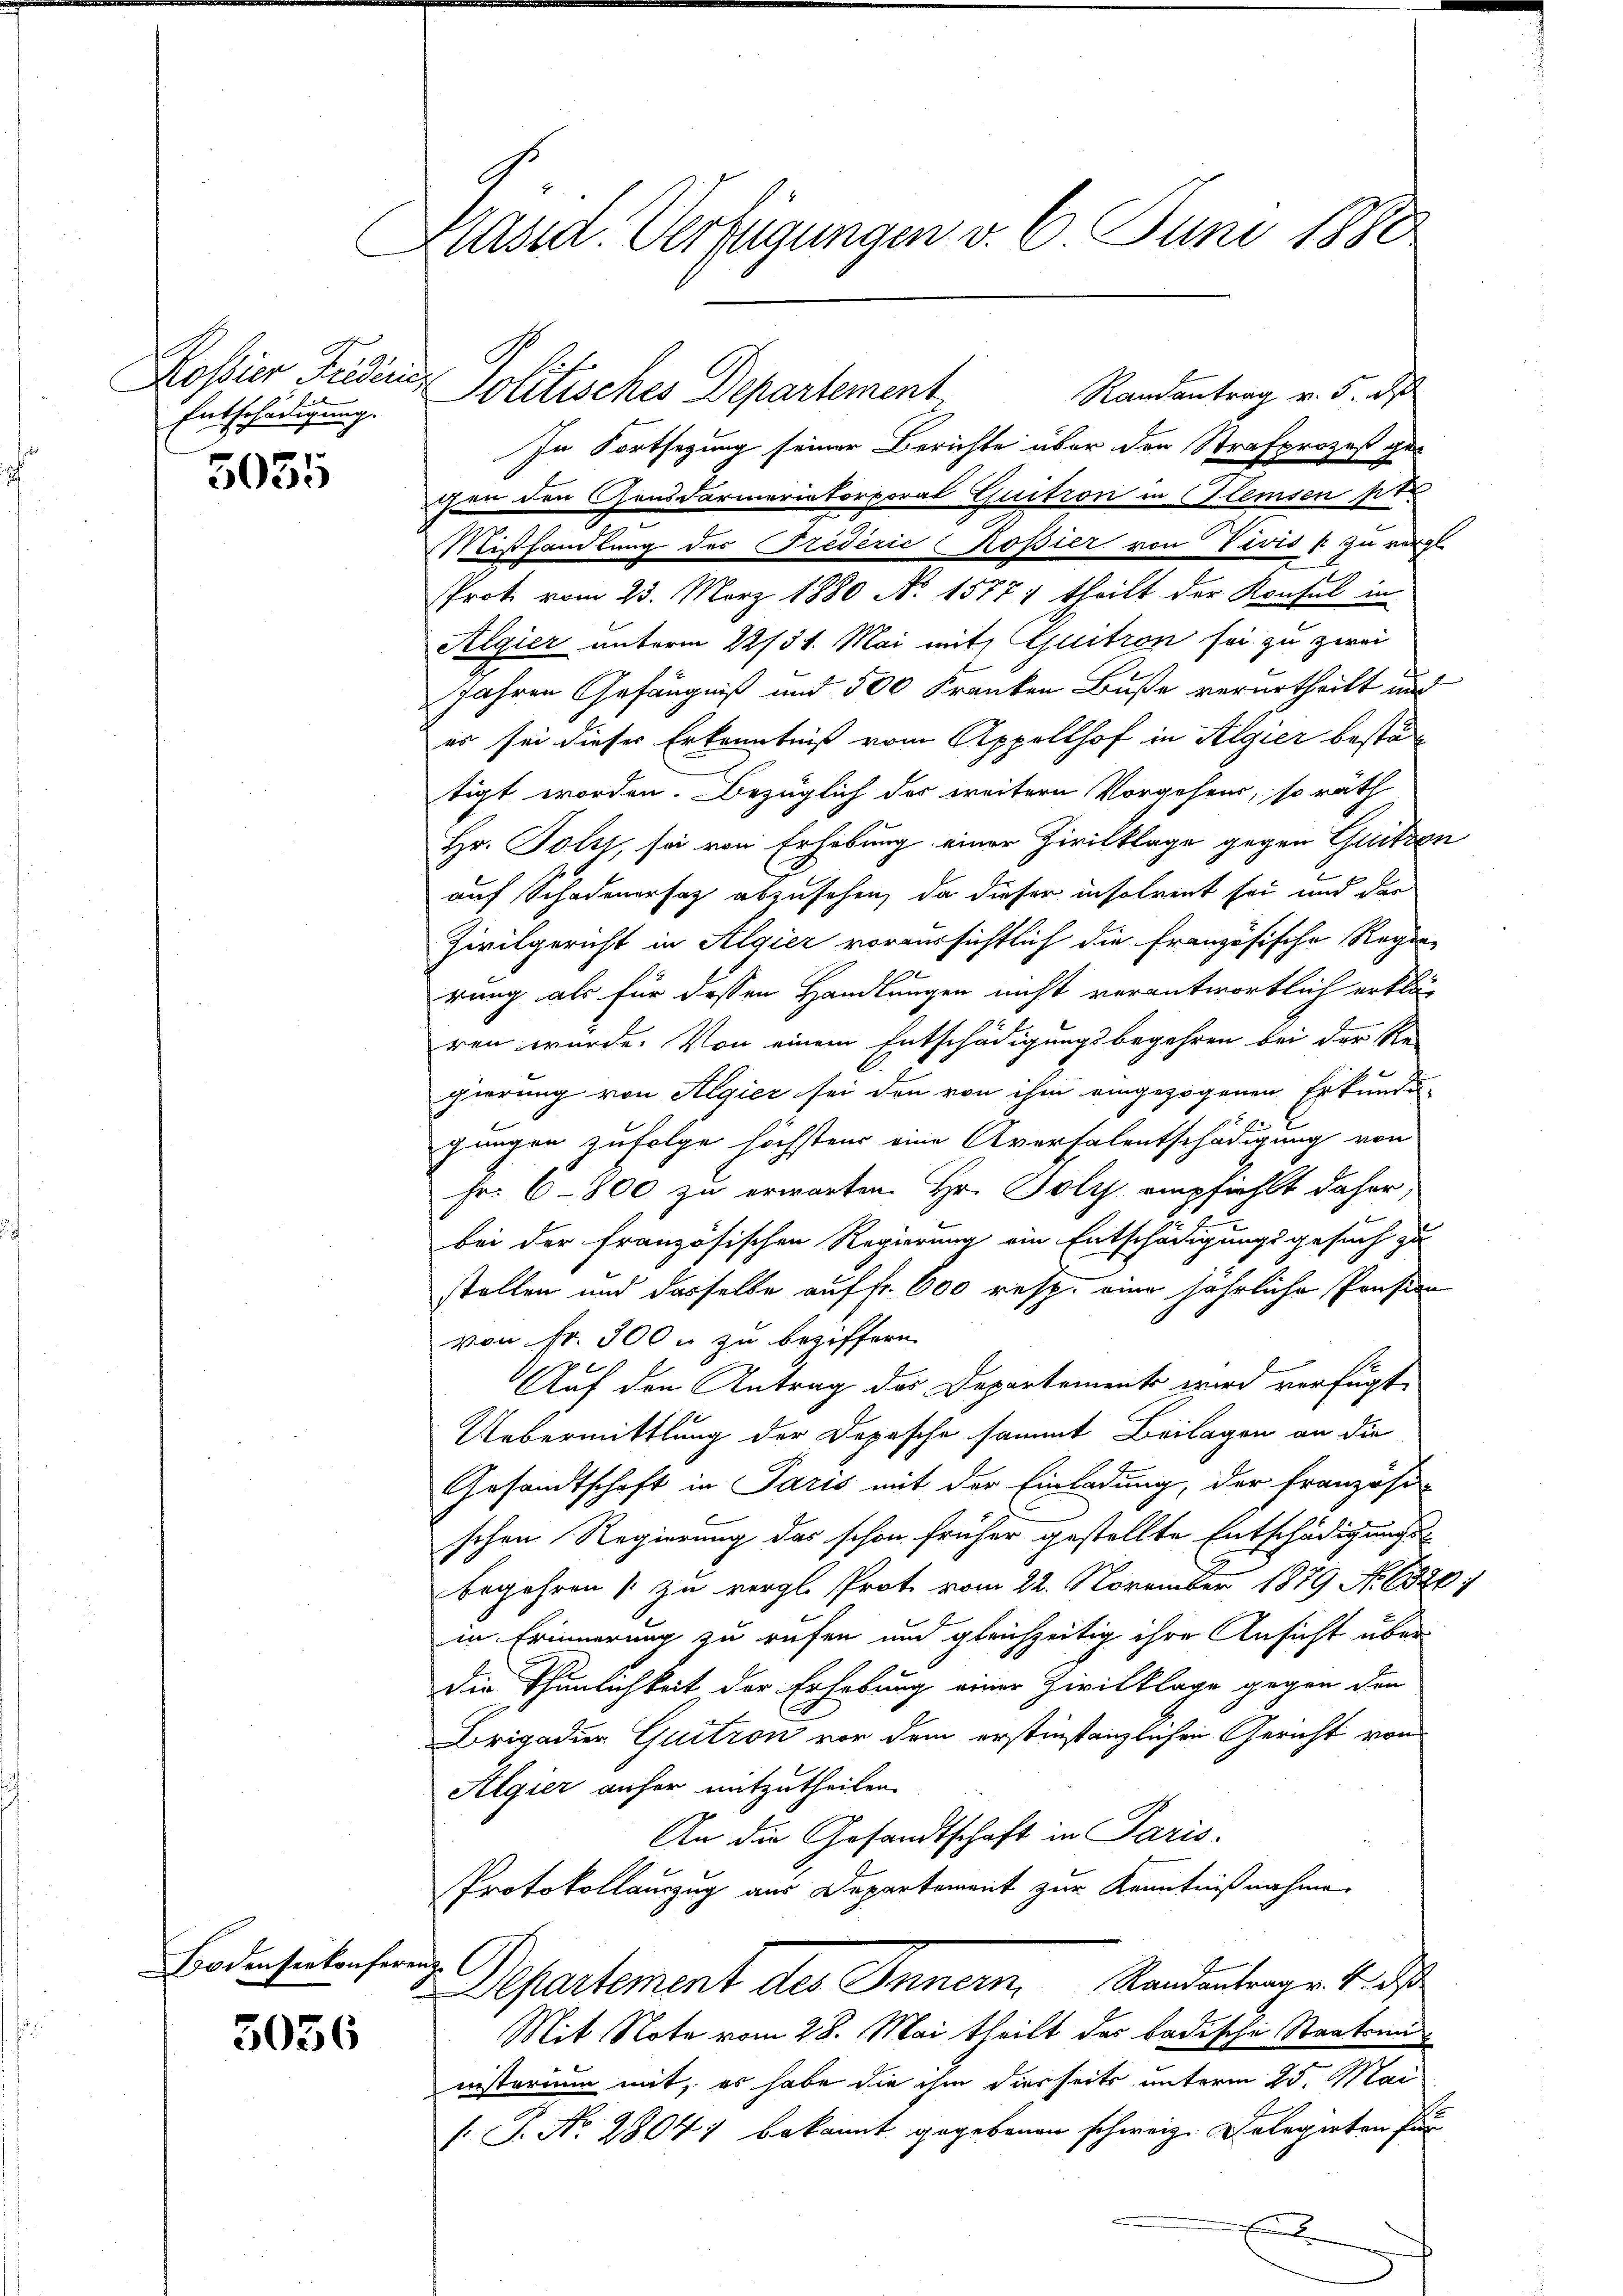
Kossier Fridlin,
Entschädigung.

5035

Eidensenten her

5036

Präsid. Verfügungen v. 6. Juni 1880

Randantrag v. 5. d
In Fortsetzung seiner Berichte über den Strafprozeß ge-
chen den Gensdarmerikorporal Quitron in Plemsen pt
Mißhandlung des Triderić (Roßier von Divis / zu vergl
Prot vom 23. März 1880 No 1577 theilt der Konsul in
Algier unterm 22/31. Mai mit Guitron sei zu zwei
Jahren Gefängniß und 500 Franken Buße verurtheilt und
es sei dieser Erkenntniß vom Appellhof in Algier bestätigt worden. Bezüglich des weitern Vorgehens, so räth
Hr. Polys, sei von Erhebung einer Zivilklage gegen Guitzon
auf Schadenersatz abzusehen, da dieser insolvent sei und der
Zivilgericht in Algier voraussichtlich die Französische Regier

rung als für dessen Handlungen nicht verantwortlich erklär
ren wurde. Von einem Entschädigungsbegehren bei der Re-
gierung von Algier sei den von ihm eingezogenen Erkundun
gungen zufolge höchstens eine Aversalentschädigung von
Fr. 6–800 zu erwarten. Hr. Bolz. empfiehlt daher,
bei der französischen Regierung ein Entschädigungsgesuch zu
stellen und dasselbe auf fr. 600 resp. eine jährliche Pension
von fr. 300 u zu beziffern
Auf den Antrag des Departement wird verfügt:
Uebermittlung der Dopesche sammt Beilagen an die
Gesandtschaft in Paris mit der Einladung, der Französi-
schen Regierung das schon früher gestellte Entschädigungs
begehren / zu vergl. Prot vom 22. November 1879 No 6320:
in Erinnerung zu rufen und gleichzeitig ihre Ansicht über
die Thunlichkeit der Erhebung einer Zivilklage gegen den
Brigadier Quitron von dem erstinstanzlichen Gericht von
Algier anher mitzutheilen.
An die Gesandtschaft in Paris.
Protokollauszug aus Departement zur Kenntnißnahme
iche
Departement des Innern Randantenger 4. ds
Mit Note vom 28. Mai theilt das badische Staatsan
nnsterium mit, es habe die ihm diesseits unterm 25. Mai
: P. Nr. 2804; bekannt gegebenen schweiz. Delegirten für
E

Politisches Departement